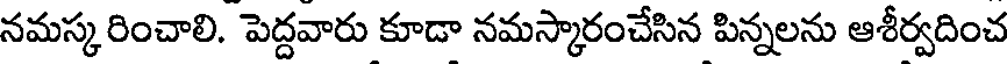
నమస్కరించాలి. పెద్దవారు కూడా నమస్కారంచేసిన పిన్నలను ఆశీర్వదించ